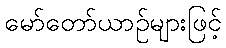
မော်တော်ယာဉ်များဖြင့်